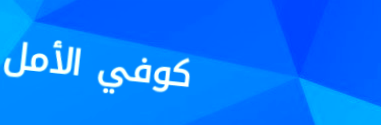
كوفي الأمل